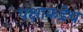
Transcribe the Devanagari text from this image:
पक्षाकडेच